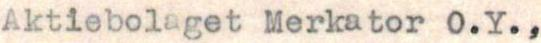
Aktiebolaget Merkator O.Y.,